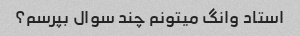
استاد وانگ میتونم چند سوال بپرسم؟